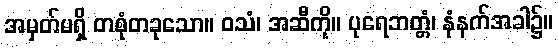
အမှတ်မရှိ တစုံတခုသော။ ဝသံ၊ အဆီကို။ ပုရေဘတ္တံ၊ နံနက်အခါ၌။